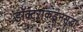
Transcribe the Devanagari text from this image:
डॉक्टरांकडूनसुद्धा